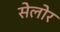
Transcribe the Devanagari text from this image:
सेलोर